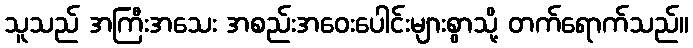
သူသည် အကြီးအသေး အစည်းအဝေးပေါင်းများစွာသို့ တက်ရောက်သည်။